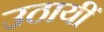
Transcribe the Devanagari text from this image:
उठायीं